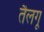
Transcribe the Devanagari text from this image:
तैलगू